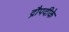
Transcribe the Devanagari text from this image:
द्रौपदीके